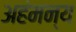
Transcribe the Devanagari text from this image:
अहंमन्य